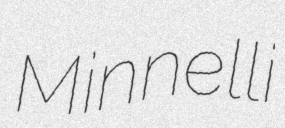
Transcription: Minnelli